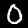
Label: 0